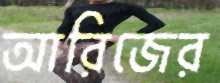
আরিজের